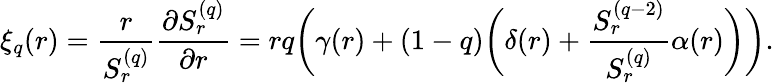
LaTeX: \xi_{q}(r)=\frac{r}{S_{r}^{(q)}}\frac{\partial S_{r}^{(q)}}{\partial r}=rq\biggl(\gamma(r)+(1-q)\biggl(\delta(r)+\frac{S_{r}^{(q-2)}}{S_{r}^{(q)}}\alpha(r)\biggr)\biggr).